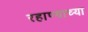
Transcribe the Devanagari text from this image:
रहाण्याच्या